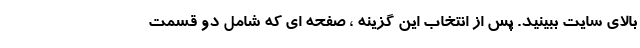
بالای سایت ببینید. پس از انتخاب این گزینه ، صفحه ای که شامل دو قسمت